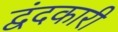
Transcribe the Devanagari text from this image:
द्वंदकारी